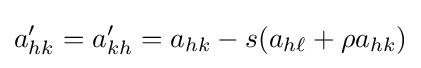
a'_{hk}=a'_{kh}=a_{hk}-s(a_{h\ell }+\rho a_{hk})\,\!